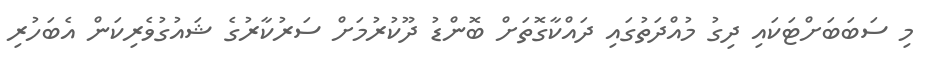
މި ސަބަބަށްޓަކައި ދިގު މުއްދަތުގައި ދައްކާގޮތަށް ބޮންޑު ދޫކުުރުމަށް ސަރުކާރުގެ ޝައުގުވެރިކަން އެބަހުރި